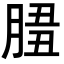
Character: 𦜻